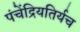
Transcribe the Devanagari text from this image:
पंचेंद्रियतिर्यच